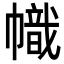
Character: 幟